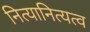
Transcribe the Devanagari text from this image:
नित्यानित्यत्व